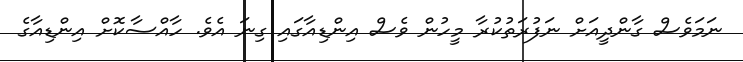
ނަމަވެސް ގާންދީއަށް ނަފުރަތުކުރާ މީހުން ވެސް އިންޑިއާގައި ގިނަ އެވެ. ހާއްސާކޮށް އިންޑިއާގެ